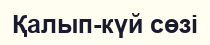
Қалып-күй сөзі